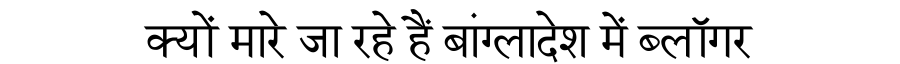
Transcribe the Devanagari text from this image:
क्यों मारे जा रहे हैं बांग्लादेश में ब्लॉगर